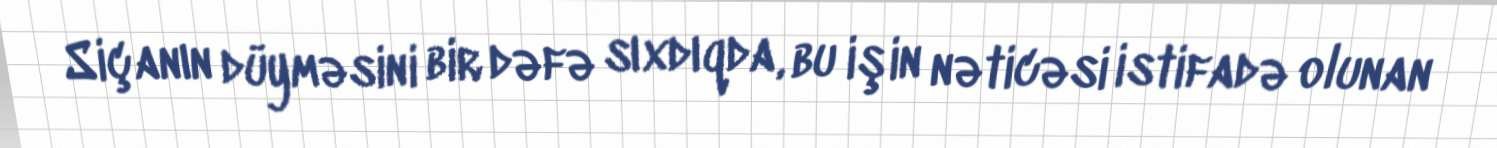
Siçanın düyməsini bir dəfə sıxdıqda, bu işin nəticəsi istifadə olunan